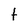
Character: t